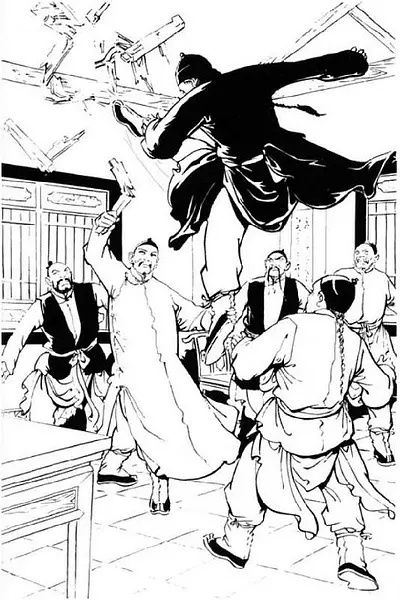
放逐肯消亡国恨？岁时犹动楚人哀！